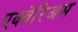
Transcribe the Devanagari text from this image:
एक्वेरिअम